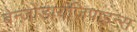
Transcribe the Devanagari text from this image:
बेन्ज़ोडायजिपाइन्स